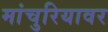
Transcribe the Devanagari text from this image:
मांचुरियावर